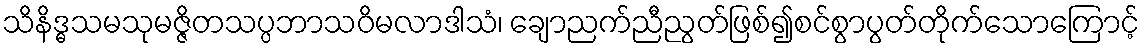
သိနိဒ္ဓသမသုမဇ္ဇိတသပ္ပဘာသဝိမလာဒါသံ၊ ချောညက်ညီညွတ်ဖြစ်၍စင်စွာပွတ်တိုက်သောကြောင့်